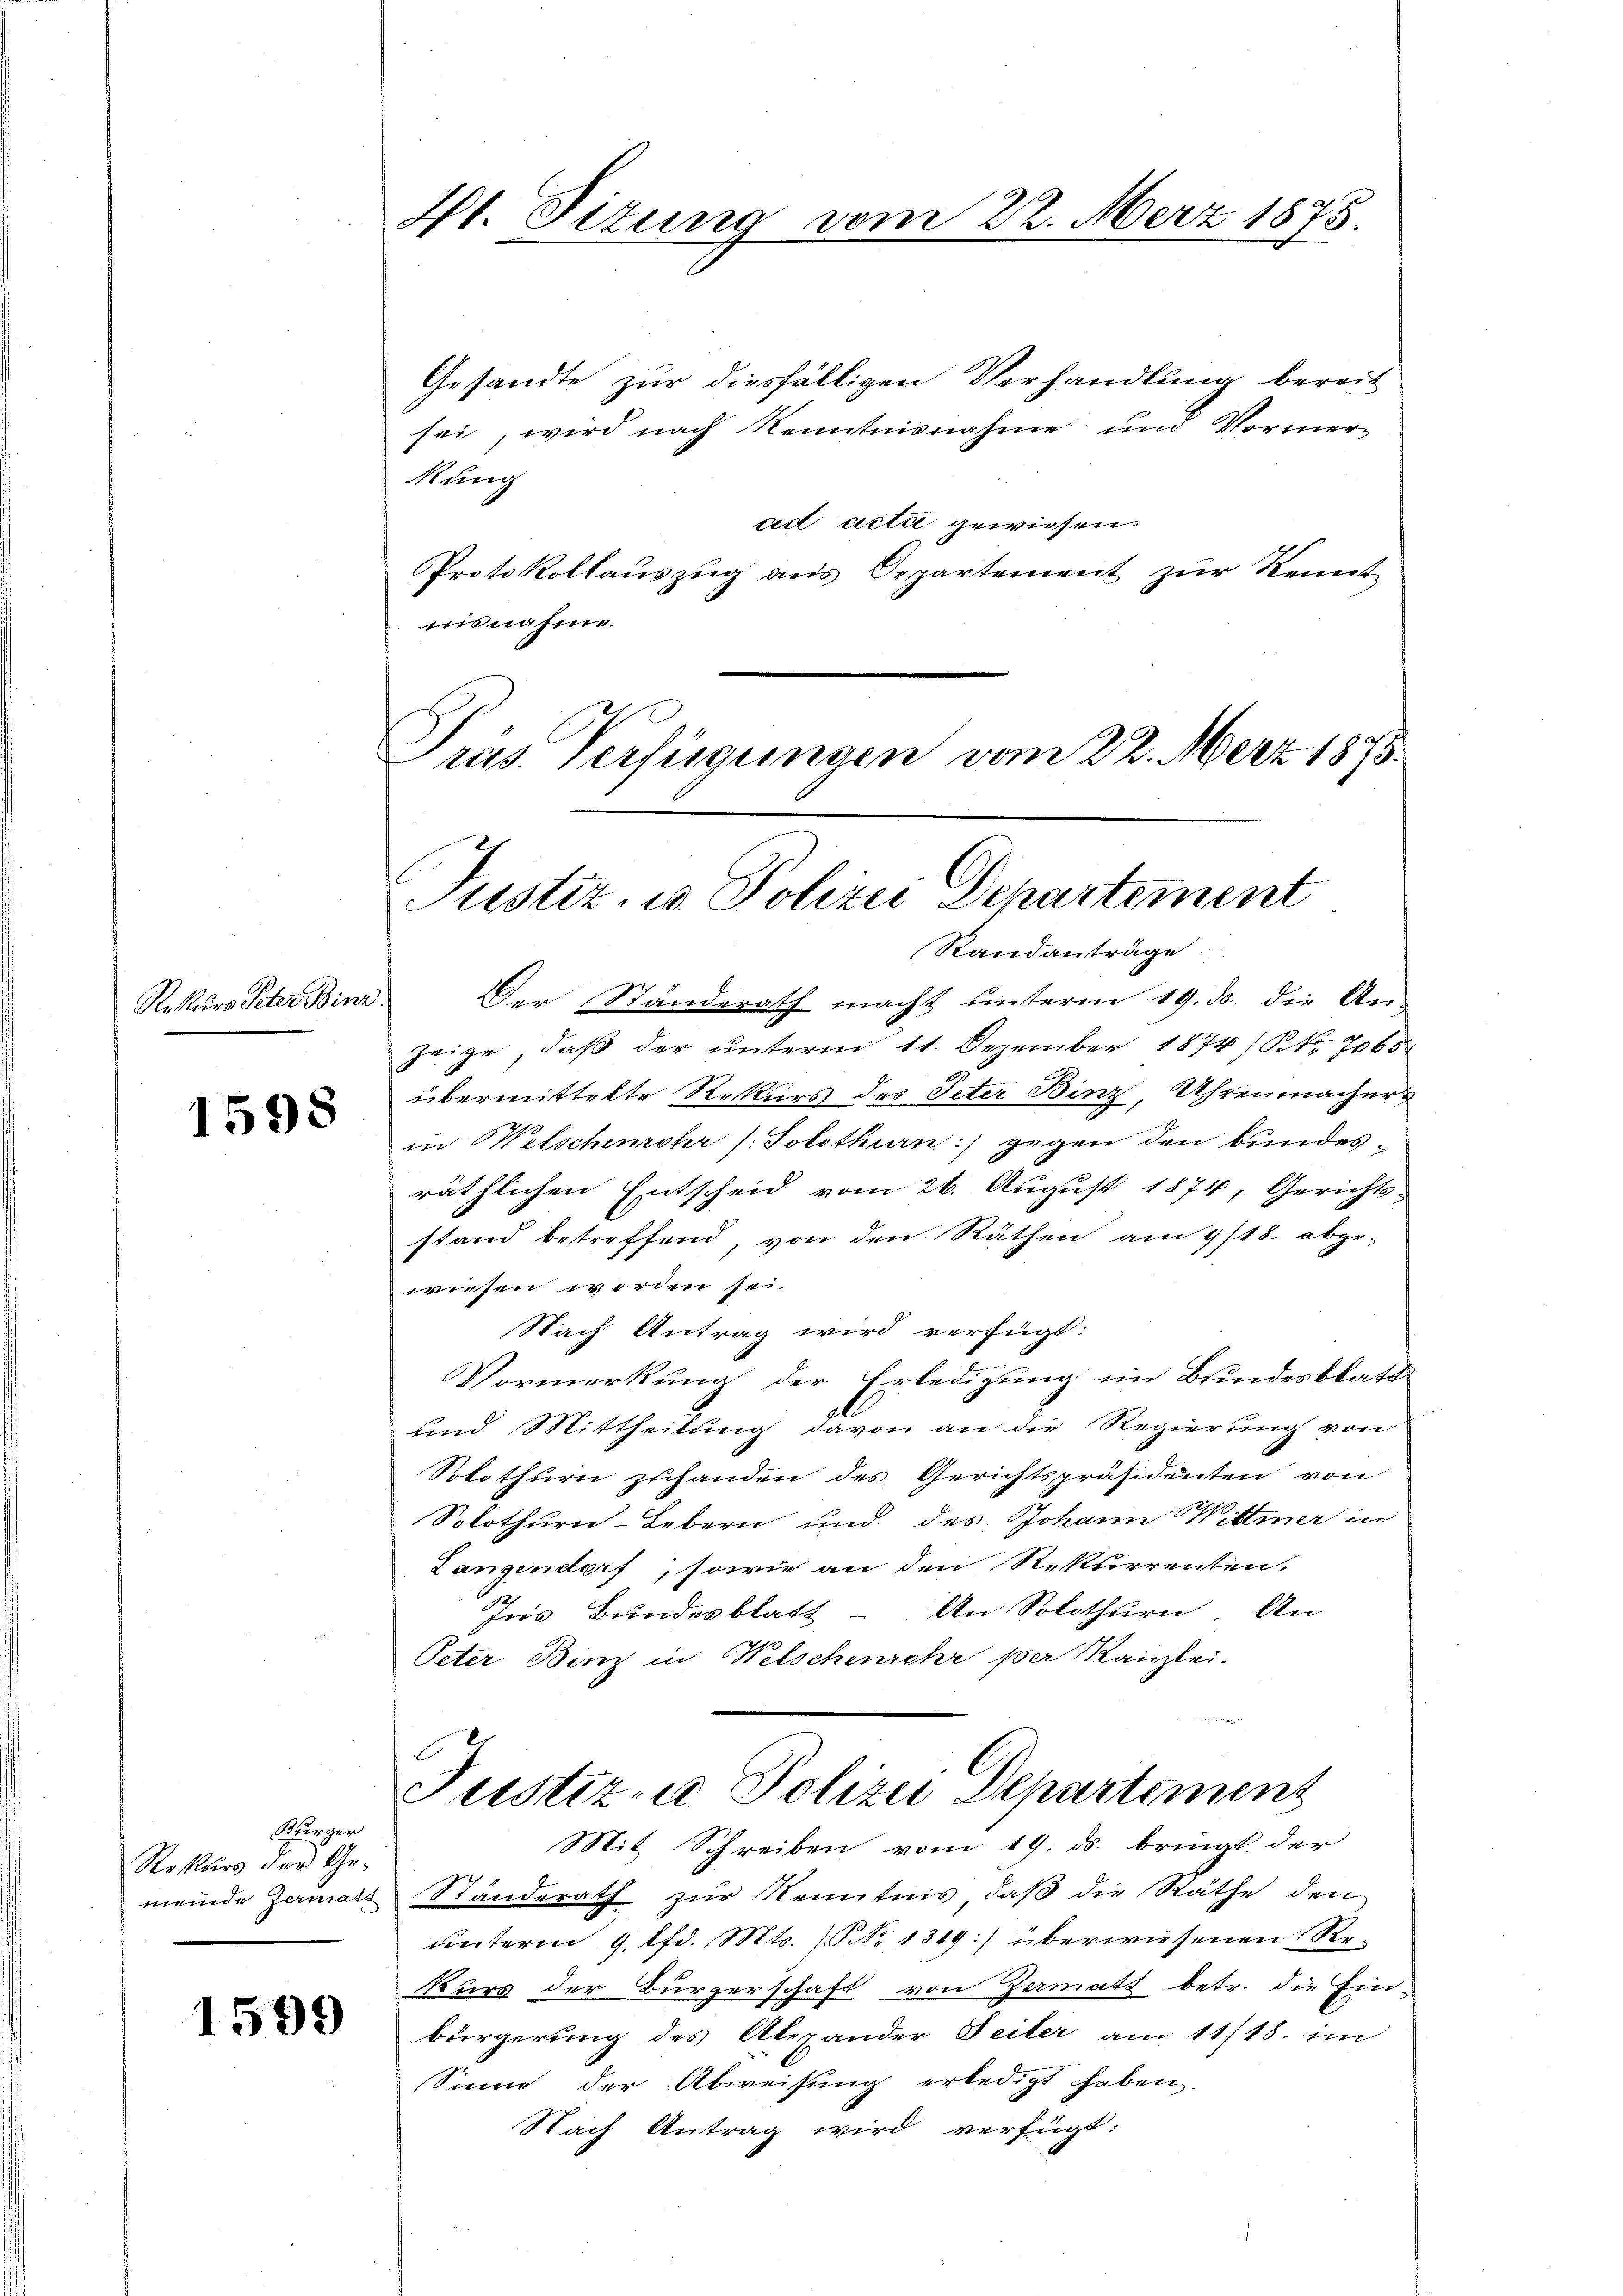
Rekurs Peter Binz

1598

Gesandte zur diesfälligen Verhandlung bereit
sei, wird nach Kenntnisnahme und Vormer-
kung
ad acti gewiesen.
Protokollauszug aus Departement zur Kennt
misnahm.
Präs. Verfügungen vom 22. März 1875.

Gurger
Rekŭrs der Ge-
meinde Zermatt

1599

Vt. Situng vom 22. März 1875.

Justiz, u. Polizei Departement
Standanträge.

Der Standerath macht unterm 19. ds. die An-
zeige, daß der unterm 11. Dezember 1874/ Nr. 7065
übermittelte Rekurs des Peter Binz, Uhrenmacher
in Welschemehr s. Solothurn) gegen den bundesräthlichen Entscheid vom 26. August 1874, Gerichts-
stand betreffend, von den Räthen am 9/18. abge-
wiesen worden sei.
Nach Antrag wird verfügt:
Vormerkung der Erledigung im Bundesblatt
und Mittheilung davon an die Regierung von
Solothurn zuhanden des Gerichtspräsidenten von
Solothurn-Lebern und des Johann Wittmer in
Langendorf, sowie an den Rekurrenten.
Ins Bundesblatt - An Solothurn, An-
Peter Binz in Welschenrehr per Kanzlei.
Justiz & Polizei Departement
Mit Schreiben vom 19. ds. bringt der
Standerath zur Kenntnis, daß die Räthe den
unterm 9. lfd. Mts. No 1319) überwiesenen Re
kurs der Bürgerschaft von Zermatt betr. die Ein-
bürgerung des Alexander Seiter am 11/18. im
Sinne der Abweisung erledigt haben.
Nach Antrag wird verfügt: